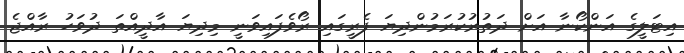
އިޓަލީގެ އަންކޯނާ އަށް ދަތުރުކުރަމުންދިޔަ ފެރީގައި ރޯވެފައިވަނީ މިދިޔަ އާދީއްތަ ދުވަހު ރާއްޖެ